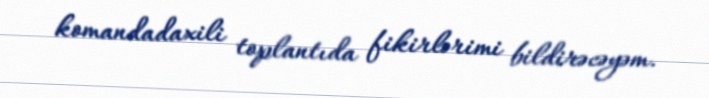
komandadaxili toplantıda fikirlərimi bildirəcəyəm.